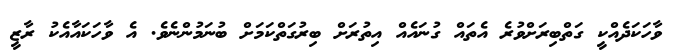
ވާހަކަދެއްކީ ގަތްބިރަށްވުރެ އެތައް ގުނައެއް އިތުރަށް ބިރުގަތްކަމަށް ބުނަމުންނެވެ. އެ ވާހަކައާއެކު ރާޒީ